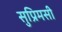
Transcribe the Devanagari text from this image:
सुप्रिमसी